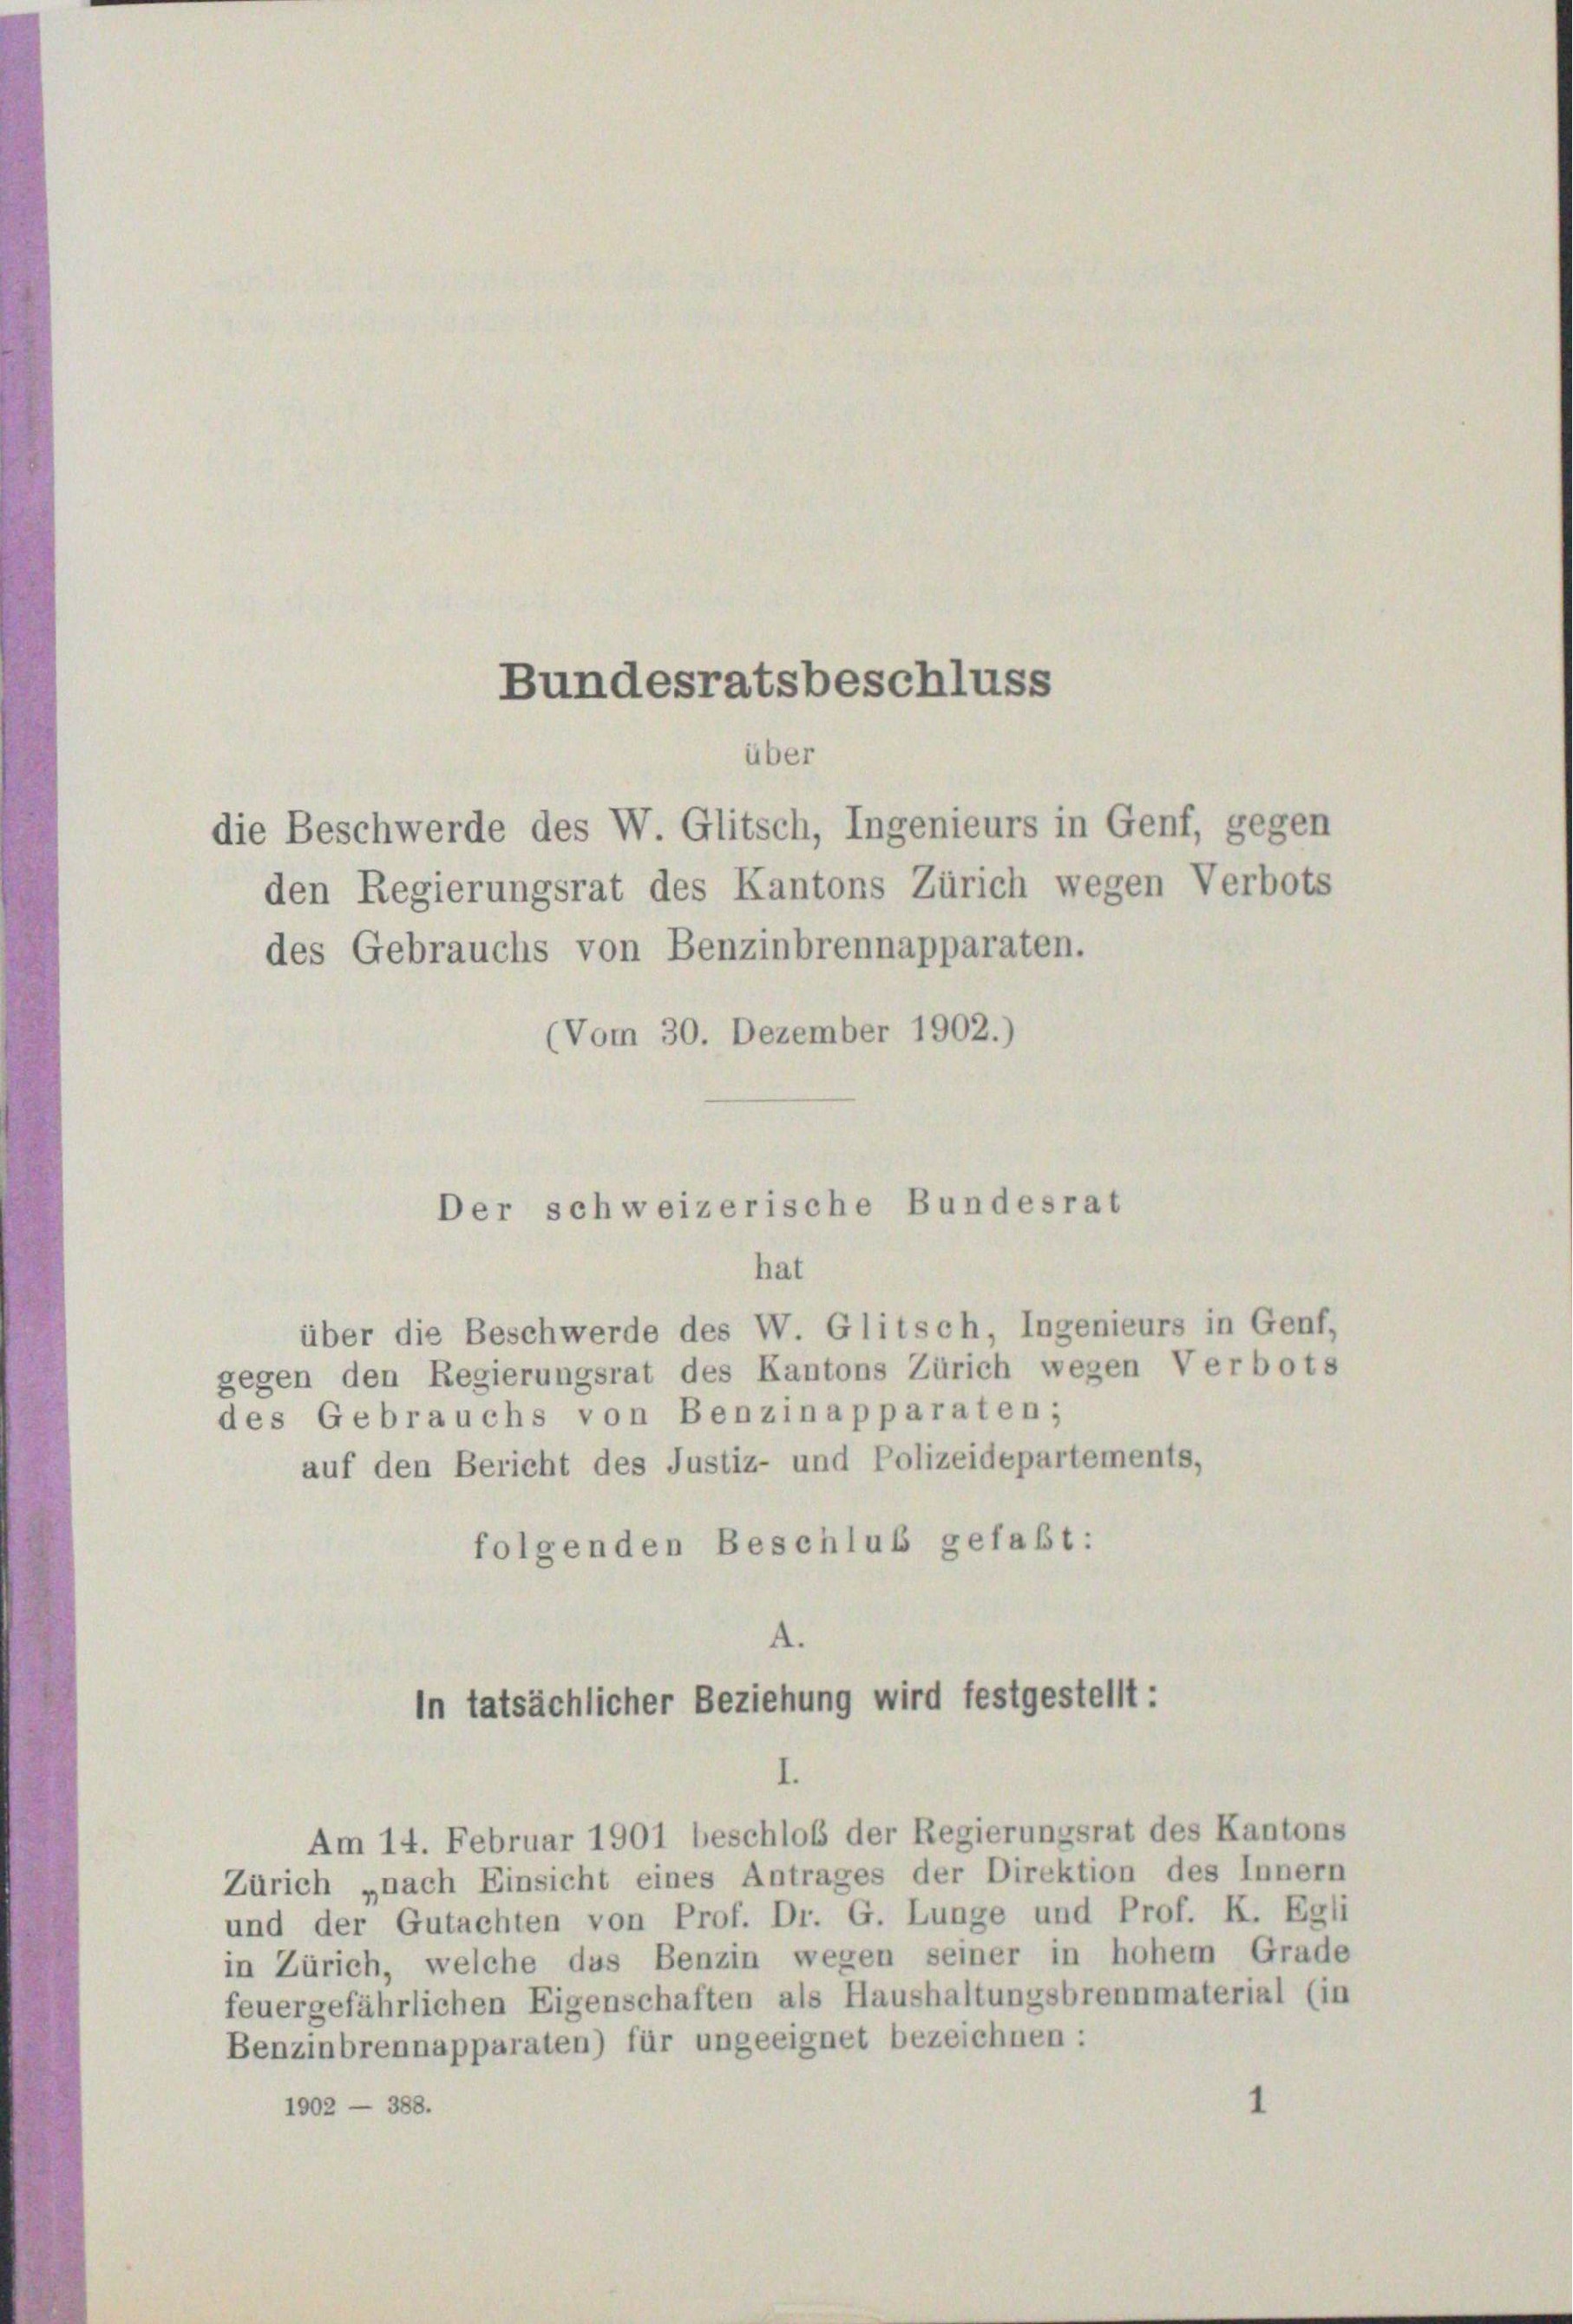
Bundesratsbeschluss
über
die Beschwerde des W. Glitsch, Ingenieurs in Genf, gegen
den Regierungsrat des Kantons Zürich wegen Verbots

des Gebrauchs von Benzinbrennapparaten.
(Vom 30. Dezember 1902.)

über die Beschwerde des W. Glitsch, Ingenieurs in Genf,
gegen den Regierungsrat des Kantons Zürich wegen Verbots
des Gebrauchs von Benzin apparaten;
auf den Bericht des Justiz- und Polizeidepartements,
folgenden Beschluß gefaßt:
A.

Der schweizerische Bundesrat
hat

In tatsächlicher Beziehung wird festgestellt:
.

Am 14. Februar 1901 beschloß der Regierungsrat des Kantons

Zürich „nach Einsicht eines Antrages der Direktion des Innern
und der Gutachten von Prof. Dr. G. Lunge und Prof. K. Egli
in Zürich, welche das Benzin wegen seiner in hohem Grade
feuergefährlichen Eigenschaften als Haushaltungsbrennmaterial (in
Benzinbrennapparaten) für ungeeignet bezeichnen :
1902 — 388.